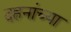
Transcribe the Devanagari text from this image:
दहनांच्या